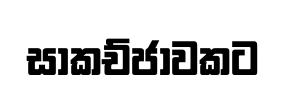
සාකච්ජාවකට